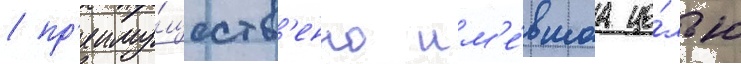
/ пр'еиму́ществ'енно им'е́вшаа це́лью